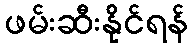
ဖမ်းဆီးနိုင်ရန်